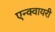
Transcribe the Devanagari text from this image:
एन्क्वायरी